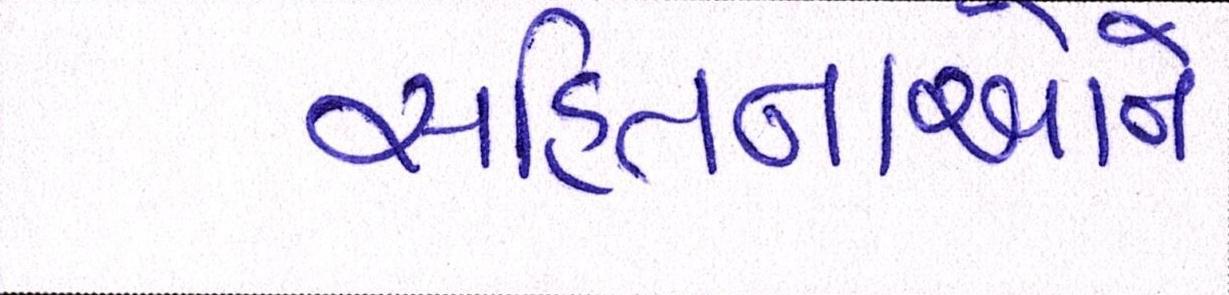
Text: સહિતનાઓને